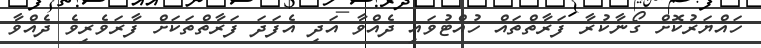
ހައްޔަރުކޮށް ގޯނާކުރާ ފަރާތްތައް ހުއްޓުވައި ދެއްވާ އަދި އެފަދަ ފަރާތްތަކަށް ފާރަވެރިވެ ދެއްވާ